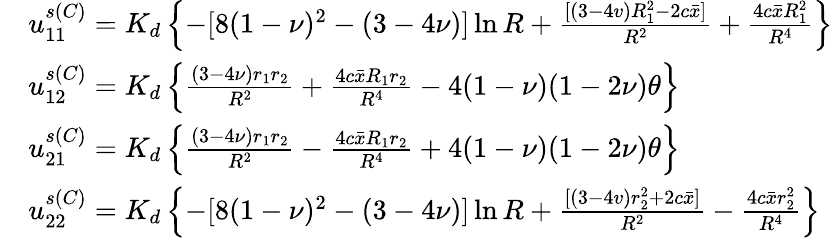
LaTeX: \begin{array}{rl}&{u_{11}^{s(C)}=K_{d}\left\{ -[8(1-\nu)^{2}-(3-4\nu)]\ln{R}+\frac{[(3-4v)R_{1}^{2}-2c\bar{x}]}{R^{2}}+\frac{4c\bar{x}R_{1}^{2}}{R^{4}}\right\} }\\ &{u_{12}^{s(C)}=K_{d}\left\{ \frac{(3-4\nu)r_{1}r_{2}}{R^{2}}+\frac{4c\bar{x}R_{1}r_{2}}{R^{4}}-4(1-\nu)(1-2\nu)\theta\right\} }\\ &{u_{21}^{s(C)}=K_{d}\left\{ \frac{(3-4\nu)r_{1}r_{2}}{R^{2}}-\frac{4c\bar{x}R_{1}r_{2}}{R^{4}}+4(1-\nu)(1-2\nu)\theta\right\} }\\ &{u_{22}^{s(C)}=K_{d}\left\{ -[8(1-\nu)^{2}-(3-4\nu)]\ln{R}+\frac{[(3-4v)r_{2}^{2}+2c\bar{x}]}{R^{2}}-\frac{4c\bar{x}r_{2}^{2}}{R^{4}}\right\} }\end{array}